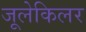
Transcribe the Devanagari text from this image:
जूलेकिलर